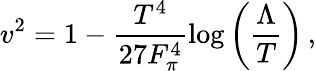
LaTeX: v^{2}=1-\frac{T^{4}}{27F_{\pi}^{4}}\log\left(\frac{\Lambda}{T}\right)\, ,